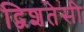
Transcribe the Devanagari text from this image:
द्विशतेसी